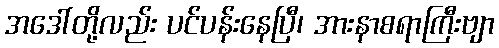
အဒေါ်တို့လည်း ပင်ပန်းနေပြီ၊ အားနာစရာကြီးဗျာ